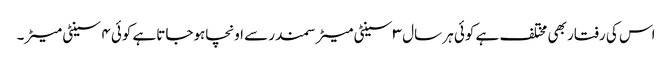
اس کی رفتار بھی مختلف ہے کوئی ہر سال ۳ سینٹی میٹرسمندر سے اونچاہوجاتاہے کوئی ۴ سینٹی میٹر۔